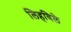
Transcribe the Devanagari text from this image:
लिहविले